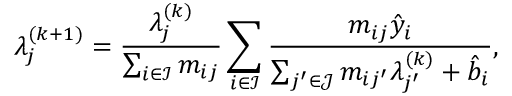
\lambda _ { j } ^ { ( k + 1 ) } = \frac { \lambda _ { j } ^ { ( k ) } } { \sum _ { i \in \mathcal { I } } m _ { i j } } \sum _ { i \in \mathcal { I } } { \frac { m _ { i j } \hat { y } _ { i } } { \sum _ { j ^ { \prime } \in \mathcal { J } } m _ { i j ^ { \prime } } \lambda _ { j ^ { \prime } } ^ { ( k ) } + \hat { b } _ { i } } } ,